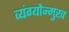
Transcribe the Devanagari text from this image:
व्यंग्योन्मुख